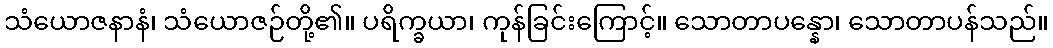
သံယောဇနာနံ၊ သံယောဇဉ်တို့၏။ ပရိက္ခယာ၊ ကုန်ခြင်းကြောင့်။ သောတာပန္နော၊ သောတာပန်သည်။